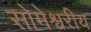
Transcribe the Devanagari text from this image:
सोमेश्वरीय